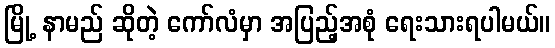
မြို့ နာမည် ဆိုတဲ့ ကော်လံမှာ အပြည့်အစုံ ရေးသားရပါမယ်။